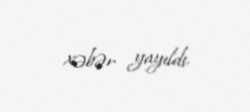
xəbər yayıldı.